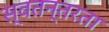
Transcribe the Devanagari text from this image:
स्वतन्तरता